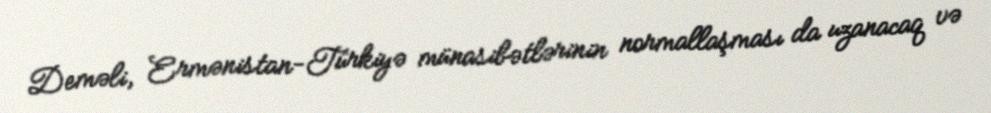
Deməli, Ermənistan-Türkiyə münasibətlərinin normallaşması da uzanacaq və